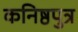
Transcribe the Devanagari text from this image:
कनिष्ठपुत्र